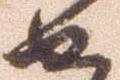
せ